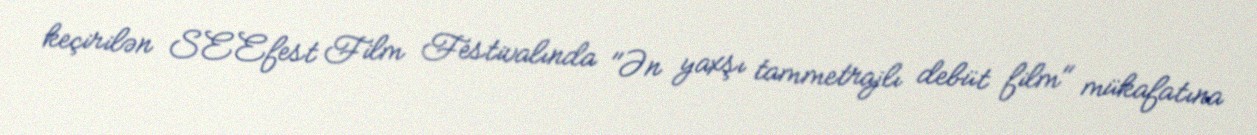
keçirilən SEEfest Film Festivalında "Ən yaxşı tammetrajlı debüt film" mükafatına